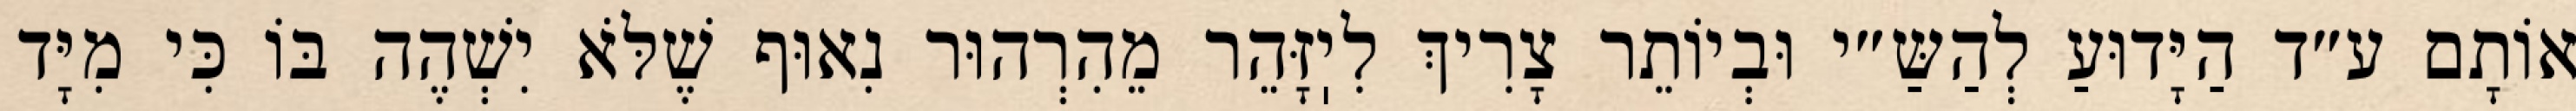
אוֹתָם ע״ד הַיָּדוּעַ לְהַשַּ״י וּבְיוֹתֵר צָרִיךְ לִיֽזָּהֵר מֵהִרְהוּר נִאוּף שֶׁלֹּא יִשְׁהֶה בּוֹ כִּי מִיָּד